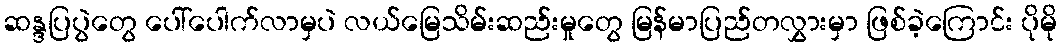
ဆန္ဒပြပွဲတွေ ပေါ်ပေါက်လာမှပဲ လယ်မြေသိမ်းဆည်းမှုတွေ မြန်မာပြည်တလွှားမှာ ဖြစ်ခဲ့ကြောင်း ပိုမို